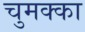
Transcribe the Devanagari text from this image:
चुमक्का